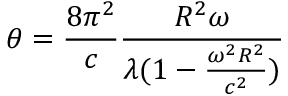
\theta = \frac { 8 \pi ^ { 2 } } { c } \frac { R ^ { 2 } \omega } { \lambda ( 1 - \frac { \omega ^ { 2 } R ^ { 2 } } { c ^ { 2 } } ) }